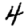
Digit: 4